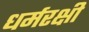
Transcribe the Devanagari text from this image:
धर्मरक्षी